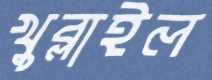
খুব্‌লাইল